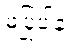
မပြုပါနဲ့။